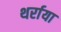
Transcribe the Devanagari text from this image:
थर्राया